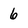
Character: 6